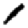
Digit: 1